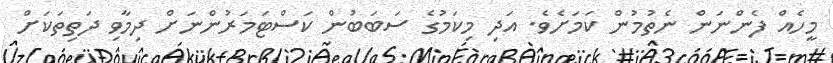
މީހެއް ފެންނަން ނެތުމުން ކަމަށެވެ. އަދި މިކަމުގެ ސަބަބުން ކަސްޓަމަރުންނަށް ދިމާވި ދަތިތަކަށް